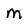
Character: M